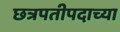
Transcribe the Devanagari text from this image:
छत्रपतीपदाच्या